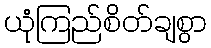
ယုံကြည်စိတ်ချစွာ